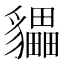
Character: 𲂧